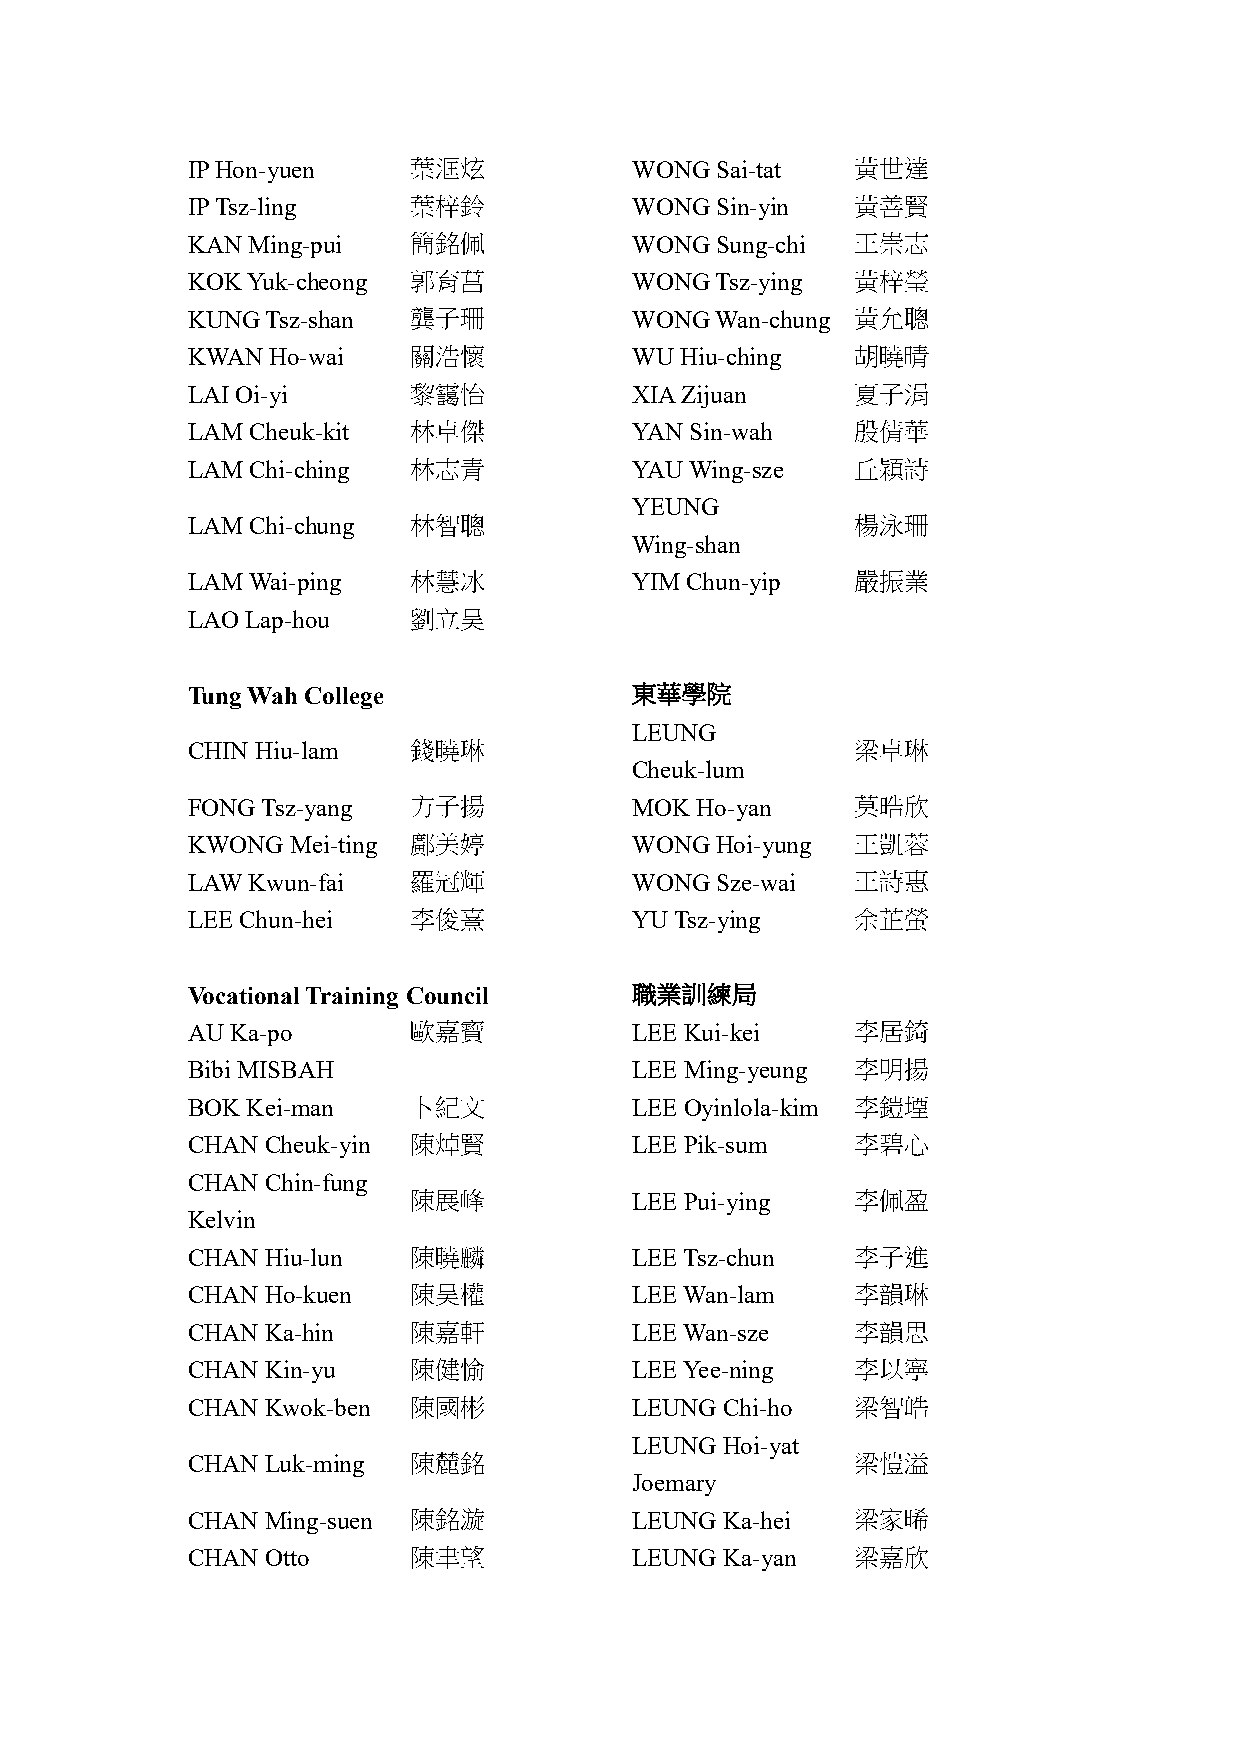
IP Hon-yuen    葉洭炫            WONG Sai-tat   黃世達
 IP Tsz-ling    葉梓鈴            WONG Sin-yin   黃善賢
 KAN Ming-pui   簡銘佩            WONG Sung-chi  王崇志
 KOK Yuk-cheong 郭育菖            WONG Tsz-ying  黃梓瑩
 KUNG  Tsz-shan 龔子珊            WONG Wan-chung 黃允聰
 KWAN  Ho-wai   關浩懷            WU Hiu-ching   胡曉晴
 LAI Oi-yi      黎靄怡            XIA Zijuan     夏子涓
 LAM Cheuk-kit  林卓傑            YAN Sin-wah    殷倩華
 LAM Chi-ching  林志青            YAU Wing-sze   丘穎詩
 YEUNG
 LAM Chi-chung  林智聰                           楊泳珊
 Wing-shan
 LAM Wai-ping   林慧冰            YIM Chun-yip   嚴振業
 LAO Lap-hou    劉立昊
 Tung Wah College              東華學院
 LEUNG
 CHIN Hiu-lam   錢曉琳                           梁卓琳
 Cheuk-lum
 FONG Tsz-yang  方子揚            MOK Ho-yan     莫晧欣
 KWONG  Mei-ting 鄺美婷           WONG Hoi-yung  王凱蓉
 LAW Kwun-fai   羅冠輝            WONG Sze-wai   王詩惠
 LEE Chun-hei   李俊熹            YU Tsz-ying    余芷螢
 Vocational Training Council   職業訓練局
 AU Ka-po       歐嘉寶            LEE Kui-kei    李居錡
 Bibi MISBAH                   LEE Ming-yeung 李明揚
 BOK Kei-man    卜紀文            LEE Oyinlola-kim 李鎧堙
 CHAN  Cheuk-yin 陳焯賢           LEE Pik-sum    李碧心
 CHAN  Chin-fung
 陳展峰            LEE Pui-ying   李佩盈
 Kelvin
 CHAN  Hiu-lun  陳曉麟            LEE Tsz-chun   李子進
 CHAN  Ho-kuen  陳昊權            LEE Wan-lam    李韻琳
 CHAN  Ka-hin   陳嘉軒            LEE Wan-sze    李韻思
 CHAN  Kin-yu   陳健愉            LEE Yee-ning   李以寧
 CHAN  Kwok-ben 陳國彬            LEUNG Chi-ho   梁智皓
 LEUNG Hoi-yat
 CHAN  Luk-ming 陳麓銘                           梁愷溢
 Joemary
 CHAN  Ming-suen 陳銘漩           LEUNG Ka-hei   梁家晞
 CHAN  Otto     陳聿望            LEUNG Ka-yan   梁嘉欣